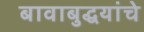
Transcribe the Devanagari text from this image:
बावाबुद्धयांचे